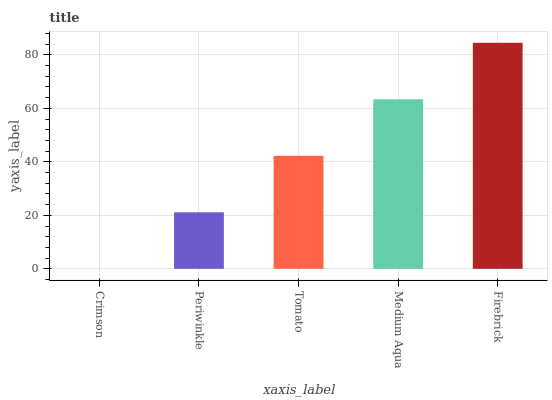
| xaxis_label | bars |
 | --- | --- |
 | Crimson | 0 |
 | Periwinkle | 21.1 |
 | Tomato | 42.2 |
 | Medium Aqua | 63.4 |
 | Firebrick | 84.5 |